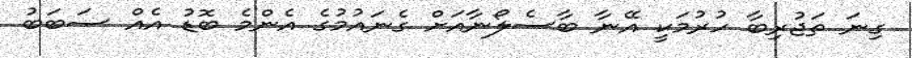
ގިނަ ތަޖުރިބާ ހުރުމަކީ އޭނާ ބާސެލޯނާއަށް ގެނައުމުގެ އެންމެ ބޮޑު އެއް ސަބަބު